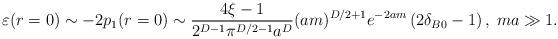
LaTeX: \begin{align*}\varepsilon (r=0)\sim -2p_{1}(r=0)\sim \frac{4\xi -1}{2^{D-1}\pi^{D/2-1}a^{D}}(am)^{D/2+1}e^{-2am}\left( 2\delta _{B0}-1\right) ,\;ma\gg 1.\end{align*}